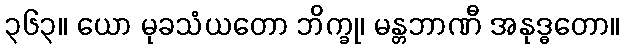
၃၆၃။ ယော မုခသံယတော ဘိက္ခု၊ မန္တဘာဏီ အနုဒ္ဓတော။